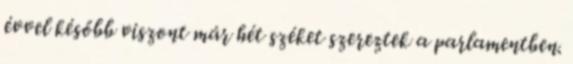
évvel később viszont már hét széket szereztek a parlamentben.